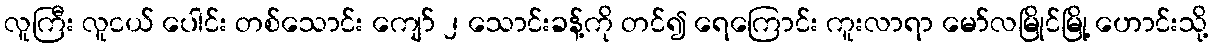
လူကြီး လူငယ် ပေါင်း တစ်သောင်း ကျော် ၂ သောင်းခန့်ကို တင်၍ ရေကြောင်း ကူးလာရာ မော်လမြိုင်မြို့ ဟောင်းသို့